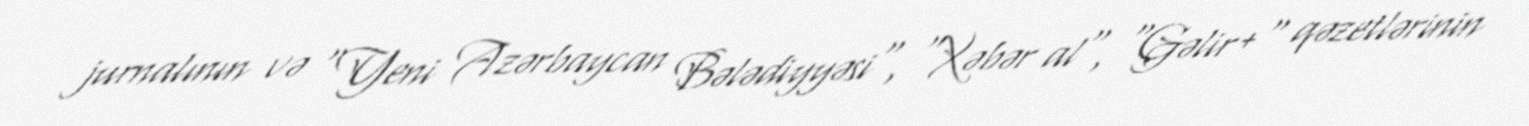
jurnalının və "Yeni Azərbaycan Bələdiyyəsi", "Xəbər al", "Gəlir+" qəzetlərinin